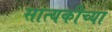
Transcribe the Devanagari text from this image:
सात्यकीच्या